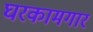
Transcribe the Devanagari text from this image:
घरकामगार